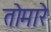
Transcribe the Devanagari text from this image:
तोमारे